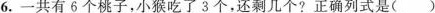
6.一共有6个桃子，小猴吃了3个，还剩几个?正确列式是()。